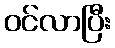
ဝင်လာပြီး